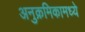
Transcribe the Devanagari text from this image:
अनुक्रमिकामध्ये